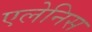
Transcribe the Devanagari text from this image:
एलेनिस